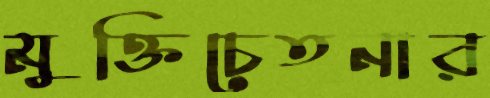
মুক্তিচেতনার